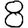
Digit: 8